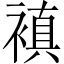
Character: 𧜖